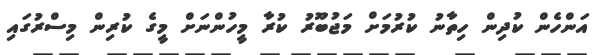
އަންހެން ކުދިން ހިތާނު ކުރުމަށް މަޖުބޫރު ކުރާ މީހުންނަށް މީގެ ކުރިން މިސްރުގައި